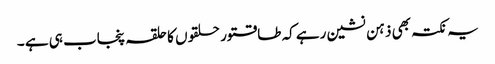
یہ نکتہ بھی ذہن نشین رہے کہ طاقتور حلقوں کا حلقہ پنجاب ہی ہے ۔